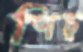
ণিচ্